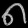
Digit: ၈